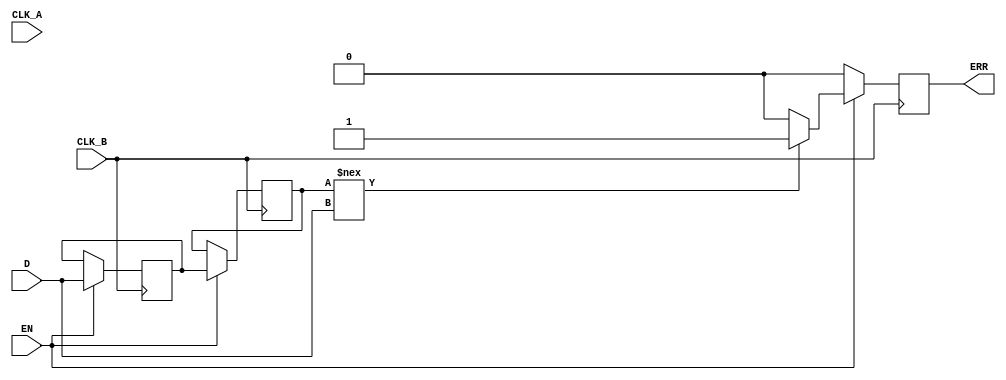
module cdc_detector (
    input wire D,               // Data Signal
    input wire CLK_A,           // Source Clock
    input wire CLK_B,           // Destination Clock
    input wire EN,              // Enable Signal
    output reg ERR              // Error Signal
);

    // Internal signals for synchronization
    reg D_sync1, D_sync2;

    // Synchronization logic
    always @(posedge CLK_B) begin
        if (EN) begin
            D_sync1 <= D;          // Sample D at CLK_B
            D_sync2 <= D_sync1;    // Sample D_sync1 at CLK_B
        end
    end

    // Error detection logic
    always @(posedge CLK_B) begin
        if (EN) begin
            ERR <= (D_sync2 !== D) ? 1'b1 : 1'b0; // Compare synchronized output with original signal
        end else begin
            ERR <= 1'b0; // Disable error indication when EN is low
        end
    end

endmodule